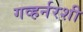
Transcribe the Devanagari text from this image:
गव्हर्नरशी